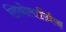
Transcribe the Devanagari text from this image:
लिथोमार्जिक